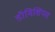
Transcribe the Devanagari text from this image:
डॉमिशियस